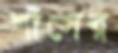
শাঁসের